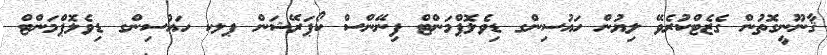
ޤާނޫނީގޮތުން ގެޒެޓްކުރެވޭ ލިޔުން ހައުސިންގ ޑިވެލޮޕްމަންޓް ފިނޭންސް ކޯޕަރޭޝަން ޕލކ ހައުސިންގ ޑިވެލޮޕްމަންޓް